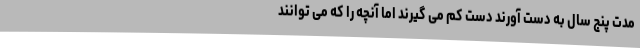
مدت پنج سال به دست آورند دست کم می گیرند اما آنچه را که می توانند